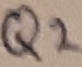
Text: Q2